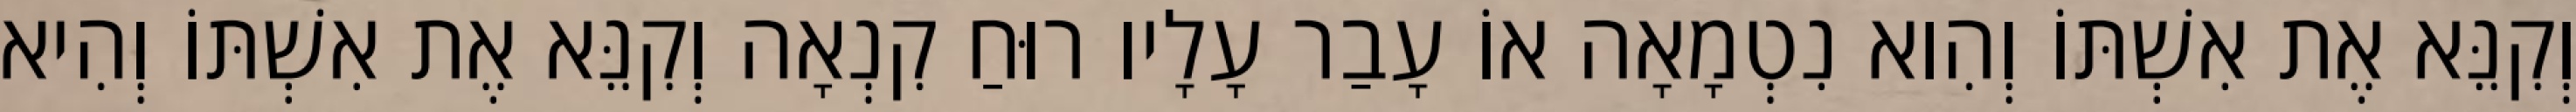
וְקִנֵּא אֶת אִשְׁתּוֹ וְהִוא נִטְמָאָה אוֹ עָבַר עָלָיו רוּחַ קִנְאָה וְקִנֵּא אֶת אִשְׁתּוֹ וְהִיא